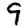
Digit: 9